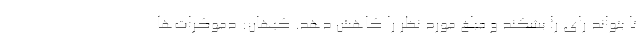
تا بتواند رای را بشکند و مبلغ مورد نظر را کاهش دهد. کیهان: دموکرات‌ها